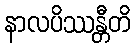
နာလပိဿန္တီတိ